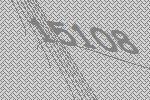
15108